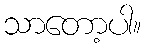
သာတော့ပါ။